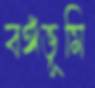
বঙ্গভূমি